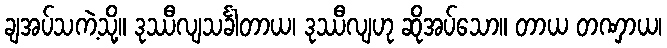
ချအပ်သကဲ့သို့။ ဒုဿီလျသင်္ခါတာယ၊ ဒုဿီလျဟု ဆိုအပ်သော။ တာယ တဏှာယ၊